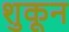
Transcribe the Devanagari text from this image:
शुकून